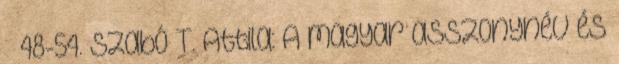
– 48-54. Szabó T. Attila: A magyar asszonynév és